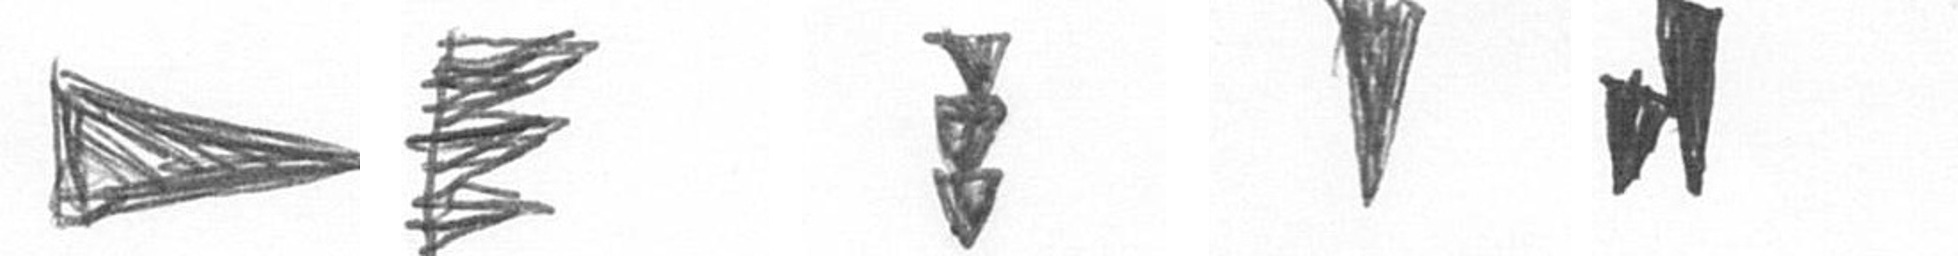
T H E J M